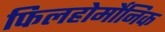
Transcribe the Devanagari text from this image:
फिलहोर्मोनिक